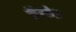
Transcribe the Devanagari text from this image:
कॅस्केड